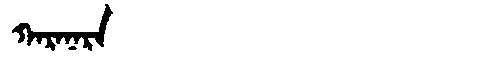
Manchu: ᡴᠠᡵᠠᠨᠠᡵᠠ
Romanization: KARANARA